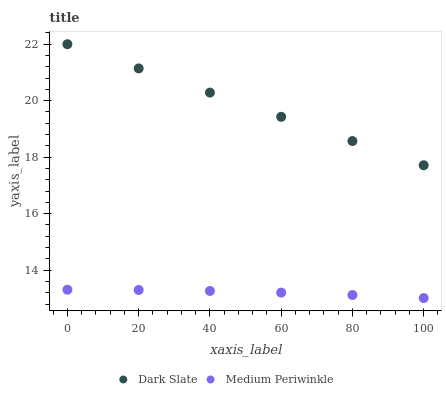
| xaxis_label | Dark Slate | Medium Periwinkle |
 | --- | --- | --- |
 | 0 | 22 | 13.3 |
 | 20 | 21.1 | 13.3 |
 | 40 | 20.3 | 13.3 |
 | 60 | 19.4 | 13.2 |
 | 80 | 18.6 | 13.1 |
 | 100 | 17.7 | 13 |